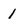
Character: 1